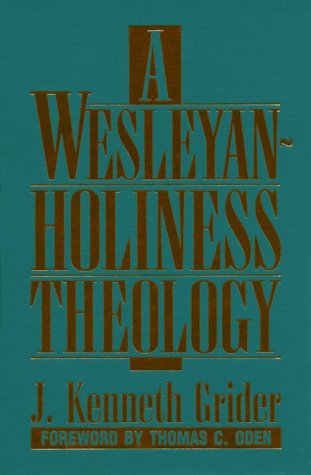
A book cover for A Wesleyan-Holiness Theology; J. Kenneth Grider; Christian Books & Bibles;